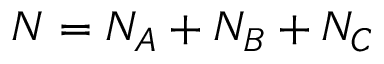
N = N _ { A } + N _ { B } + N _ { C }